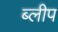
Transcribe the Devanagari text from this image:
ब्लीप